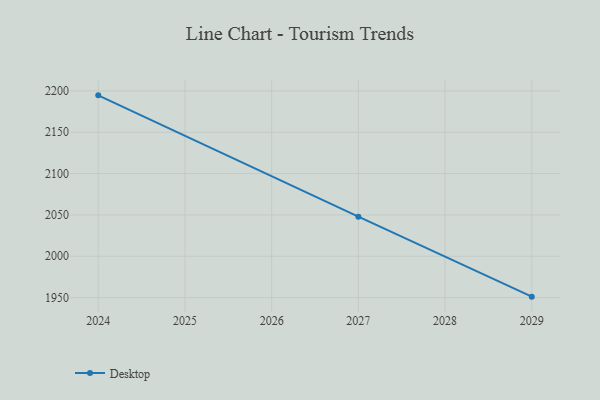
{"axis": {"x": "Year", "y": "Shipments"}, "legend": ["Desktop"], "data": [{"x": "2029", "y": 1951.2, "type": "Desktop"}, {"x": "2027", "y": 2047.9, "type": "Desktop"}, {"x": "2024", "y": 2194.6, "type": "Desktop"}]}